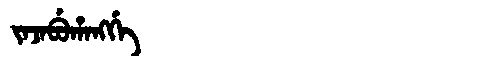
Manchu: ᠵᠠᠵᠠᠪᡠᡥᠠᠩᡤᡝ
Romanization: JAJABUHANGGE